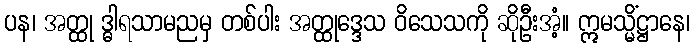
ပန၊ အတ္ထု ဒ္ဓါရသာမညမှ တစ်ပါး အတ္ထုဒ္ဒေသ ဝိသေသကို ဆိုဦးအံ့။ ဣမသ္မိံဋ္ဌာနေ၊